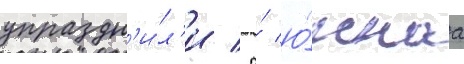
упраздн'и́л'и / а́ ю́жнаа